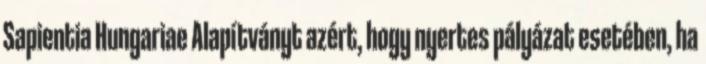
Sapientia Hungariae Alapítványt azért, hogy nyertes pályázat esetében, ha